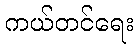
ကယ်တင်ရေး